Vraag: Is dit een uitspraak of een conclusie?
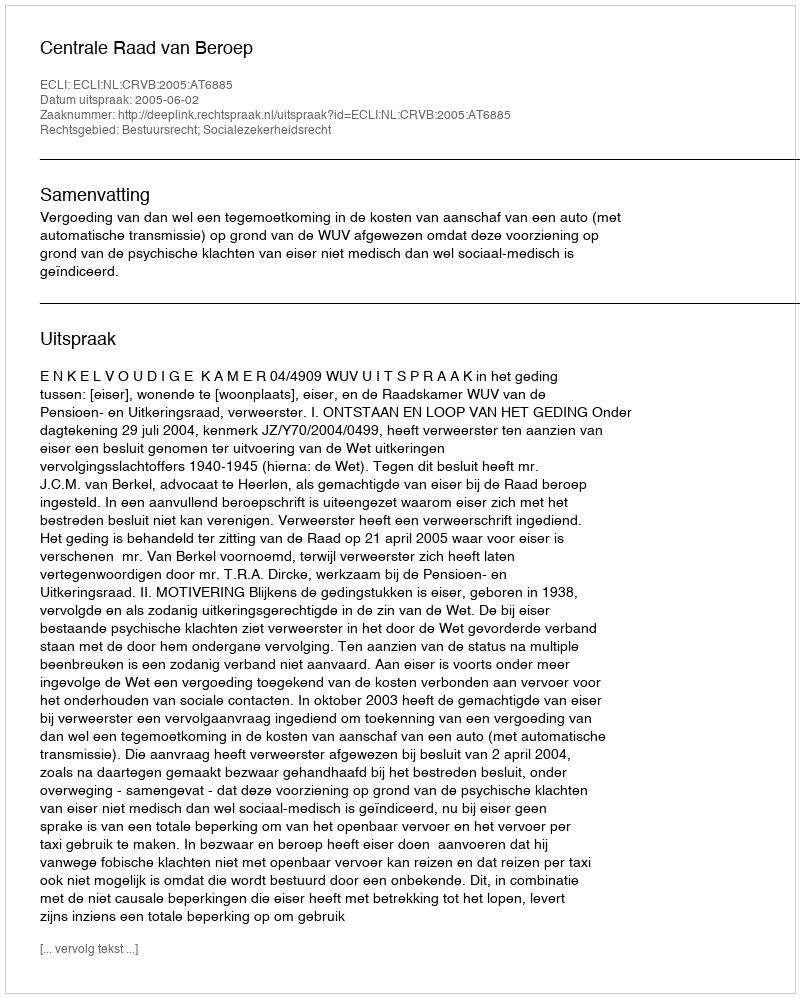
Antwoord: Uitspraak